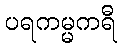
ပရကမ္မကရီ